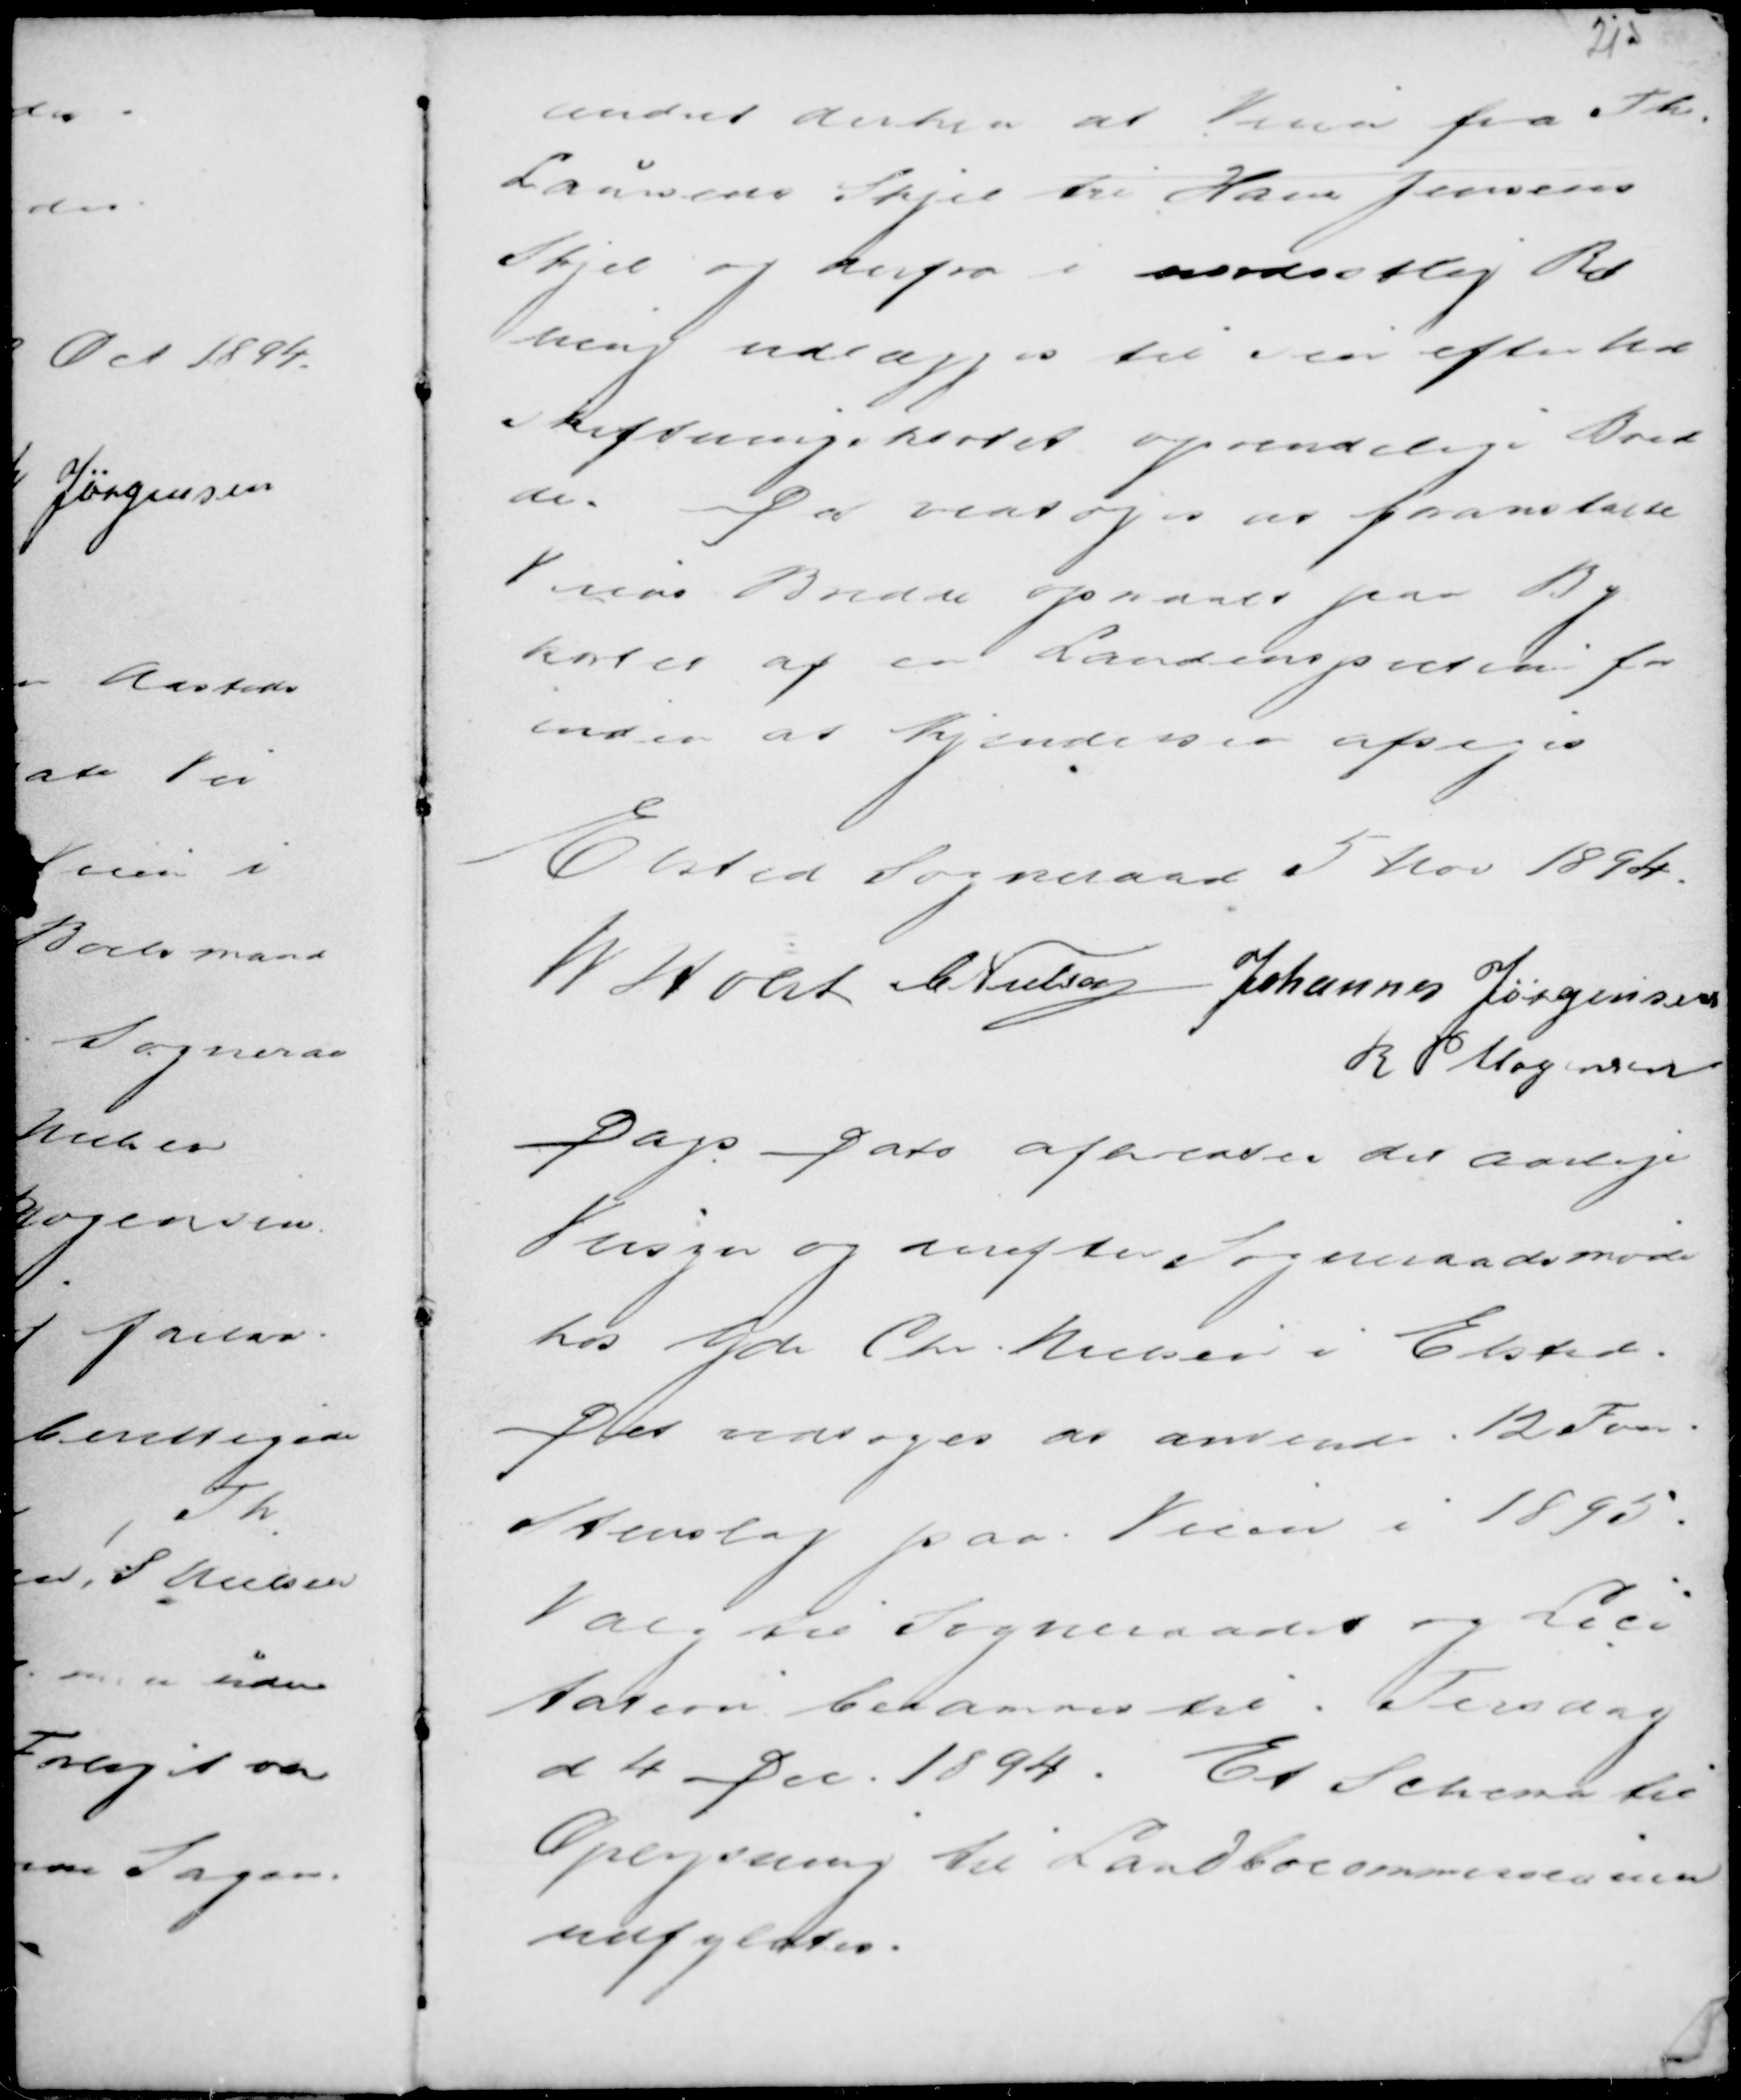
Transskription:
ændret derhen at Veien fra Th.
Laursens Skjel til Hans Jensens
Skjel og herfra i modsatlig Ret
ning udlægges til sin efter......
i reftningskortet oprindelig Bred-
de. Der vedtoges at faa noteret
Veiens Bredde opmaalt paa By
kortet af en Landinspecteur for
endnu at kjendelsen afsiges

Elsted Sogneraad 5 Nov 1894.
M Holst C Nielsen Johannes Jørgensen
R P Mogensen

Dags Dato afholdtes det aarlige
Vejsyn og derefter Sogneraadsmøde
hos Gdr Chr. Nielsen i Elsted.
Det vedtoges at anvende 12 Favn
Stenslag paa Veien i 1895.
Valg til Sogneraadet og Lici-
tation berammes til Torsdag
d 4  Dec 1894. Et Schema til
Oplysning til Landbocommisionen
udfyldtes.